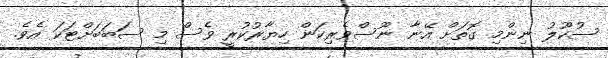
ސުކޫލު ނިންމި ގޮތަށް އޭނާ ނޫސްވެރިކަން ހިޔާރުކުރީ ވެސް މި ސަބަބަށްޓަކަ އެވެ.